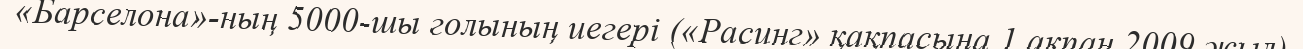
«Барселона»-ның 5000-шы голының иегері («Расинг» қақпасына 1 ақпан 2009 жыл)